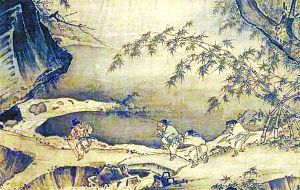
老农家贫在山住，耕种山田三四亩。